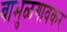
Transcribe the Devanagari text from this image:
बाभुळगावकर